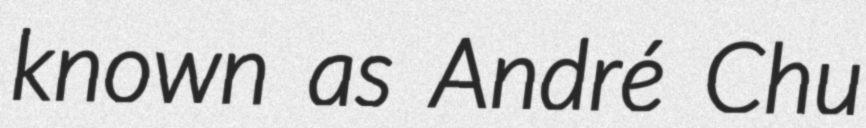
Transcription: known as André Chu